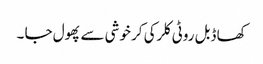
کھا ڈبل روٹی کلرکی کر خوشی سے پھول جا ۔